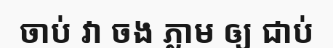
ចាប់ វា ចង ភ្លាម ឲ្យ ជាប់